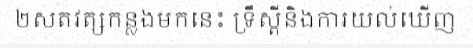
២សតវត្សកន្លងមកនេះ ទ្រឹស្តីនិងការយល់ឃើញ